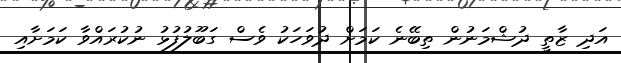
އަދި ޒާތީ ދުޝްމަނުން ތިބޭނެ ކަމަށް ދުވަހަކު ވެސް ގަބޫލުފުޅު ނުކުރައްވާ ކަމަށާއި